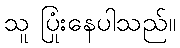
သူ ပြုံးနေပါသည်။